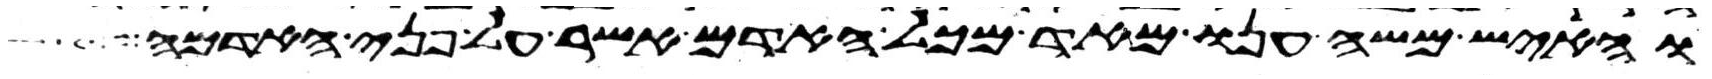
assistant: והאיש משה ענו מאד מכל האדם אשר על פני האדמה